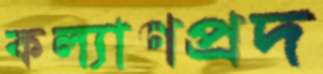
কল্যাণপ্রদ